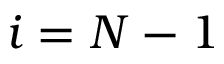
i = N - 1